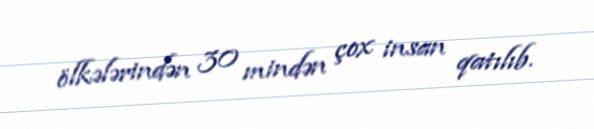
ölkələrindən 30 mindən çox insan qatılıb.